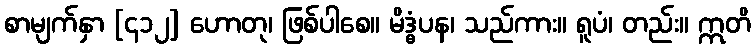
စာမျက်နှာ [၄၁၂] ဟောတု၊ ဖြစ်ပါစေ။ မိဒ္ဓံပန၊ သည်ကား။ ရူပံ၊ တည်း။ ဣတိ